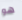
هو